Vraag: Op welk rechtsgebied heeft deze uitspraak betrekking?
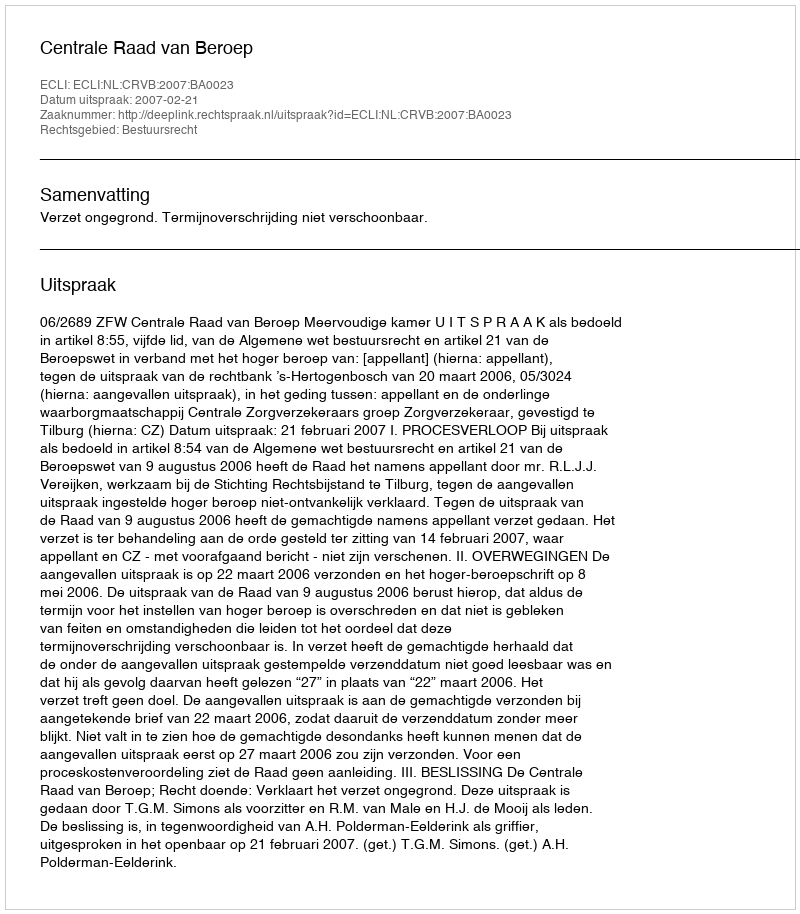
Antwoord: Bestuursrecht